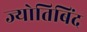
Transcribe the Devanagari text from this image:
ज्योतिबिंद